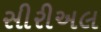
સીરીઅલ